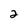
Character: 2